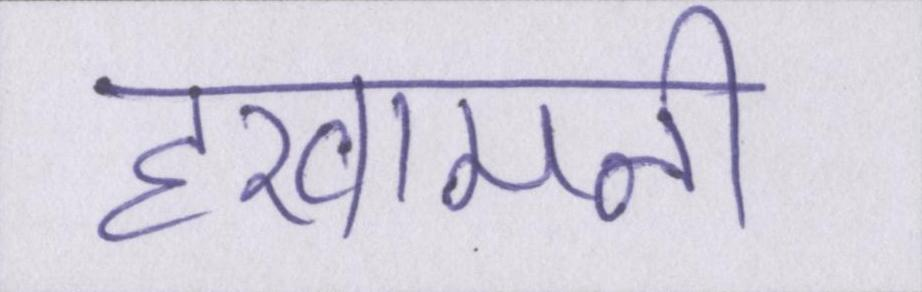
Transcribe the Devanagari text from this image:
हखामनी